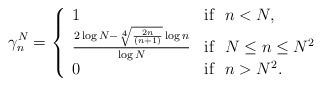
LaTeX: \begin{align*}\gamma^{N}_{n} &= \left\{\begin{array}{lll} 1 & \mbox{if~~} n<N,\\ \frac {2\log N- \sqrt[4]{\frac{2n}{(n+1)}}\log n}{\log N} & \mbox{if~~} N\leq n\leq N^{2}\\ 0 & \mbox{if~~} n>N^{2}.\end{array}\right.\end{align*}